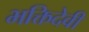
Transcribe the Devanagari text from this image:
भक्तिदेवी